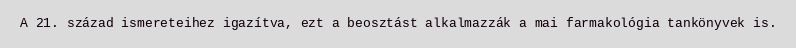
A 21. század ismereteihez igazítva, ezt a beosztást alkalmazzák a mai farmakológia tankönyvek is.